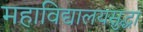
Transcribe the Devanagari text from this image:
महाविद्यालयसुद्धा